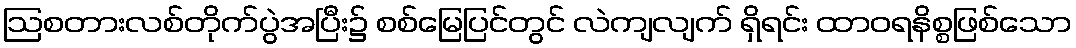
ဩစတားလစ်တိုက်ပွဲအပြီး၌ စစ်မြေပြင်တွင် လဲကျလျက် ရှိရင်း ထာဝရနိစ္စဖြစ်သော